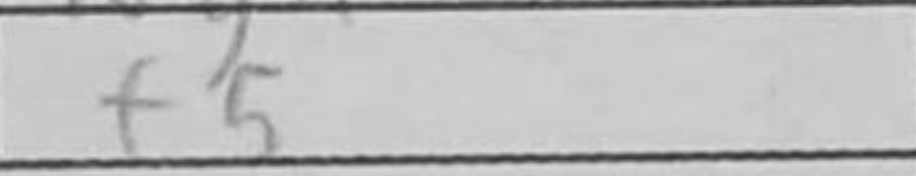
Transcription: f5